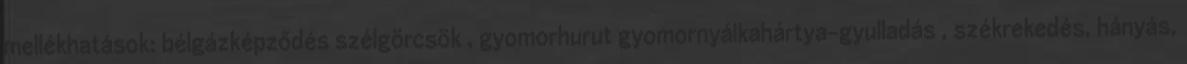
mellékhatások: bélgázképződés szélgörcsök , gyomorhurut gyomornyálkahártya-gyulladás , székrekedés, hányás,